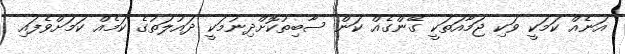
އަނެއް ކަމަކީ ވަކި ޖަމާއަތަކީ ގޭންގެއް ކަން ސާބިތުކޮށްދިނުމަކީ ދައުލަތުގެ ކަމެއް ކަމަށްވެފައި